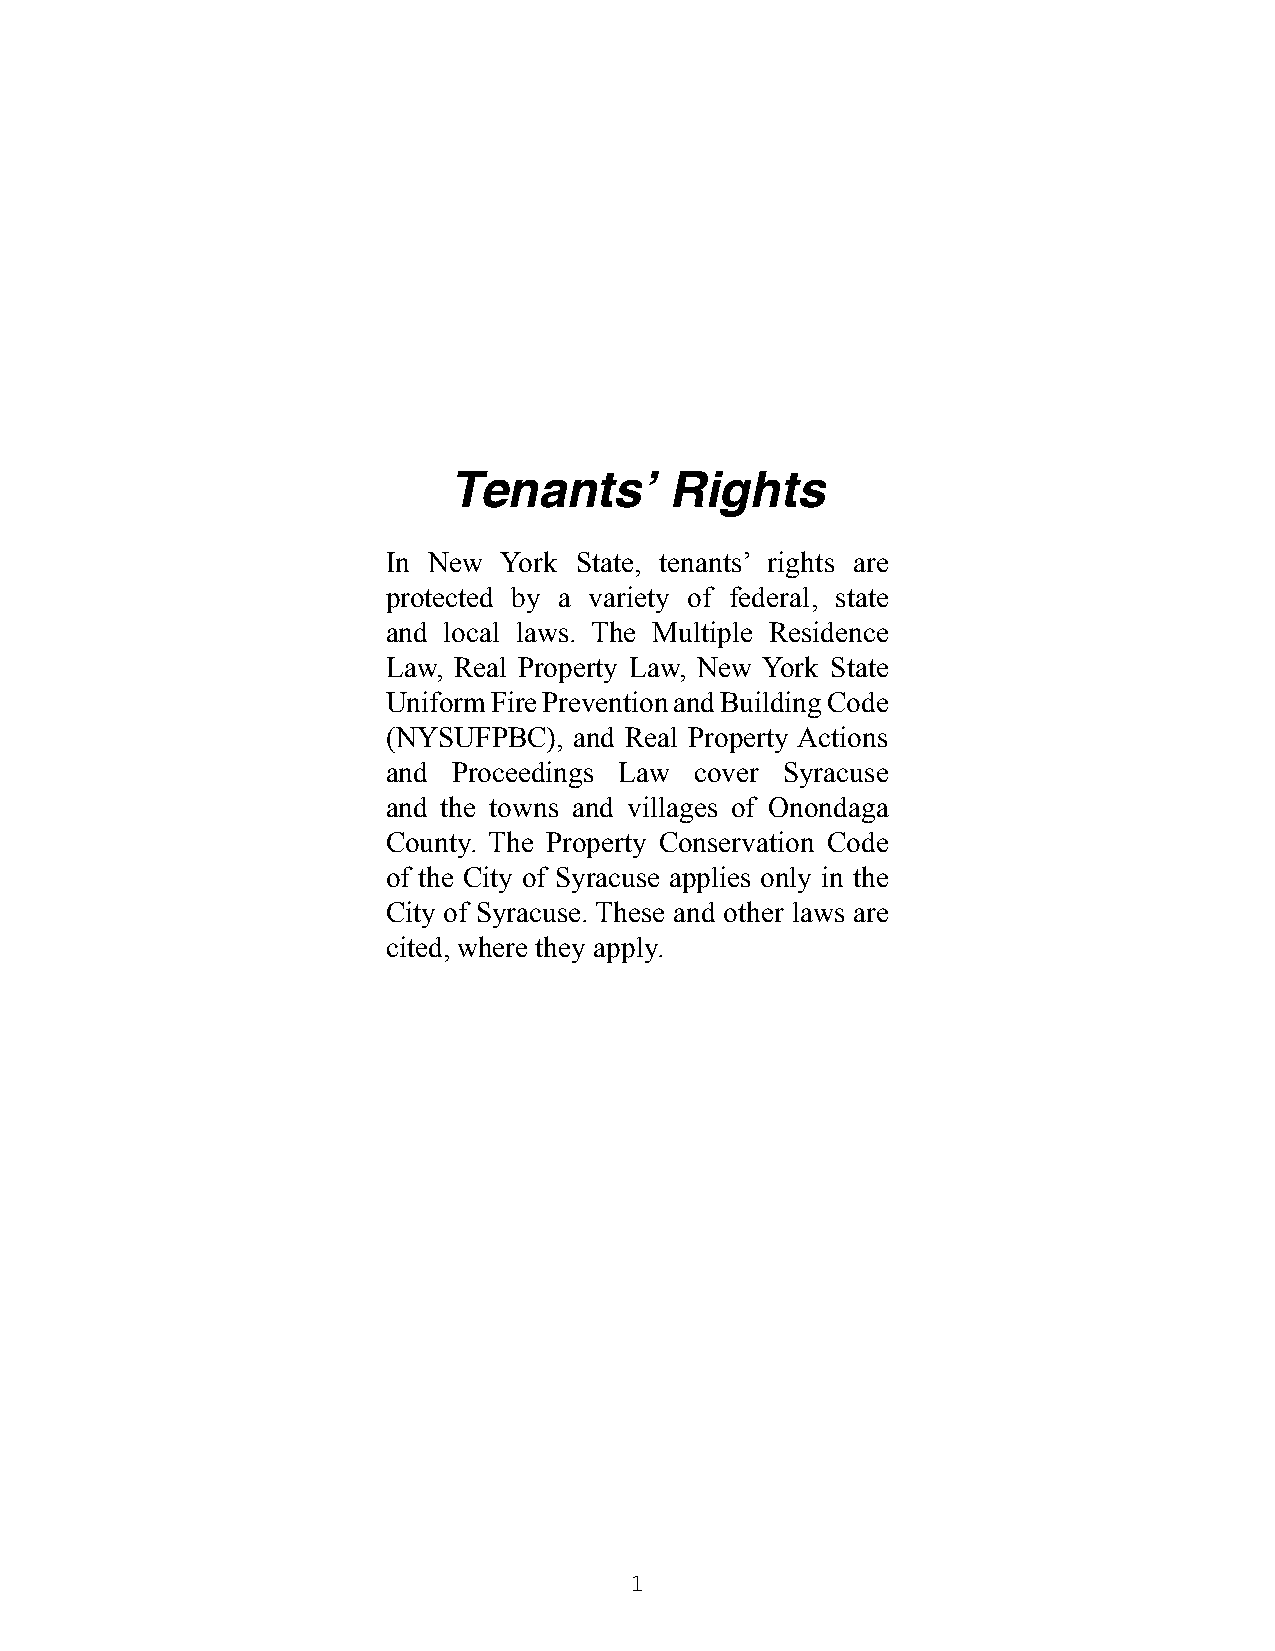
Tenants’      Rights
 In New York State, tenants’ rights are
 protected by a variety of federal, state
 and local laws. The Multiple Residence
 Law, Real Property Law, New York State
 Uniform Fire Prevention and Building Code
 (NYSUFPBC), and Real Property Actions
 and Proceedings Law cover Syracuse
 and the towns and villages of Onondaga
 County. The Property Conservation Code
 of the City of Syracuse applies only in the
 City of Syracuse. These and other laws are
 cited, where they apply.
 1